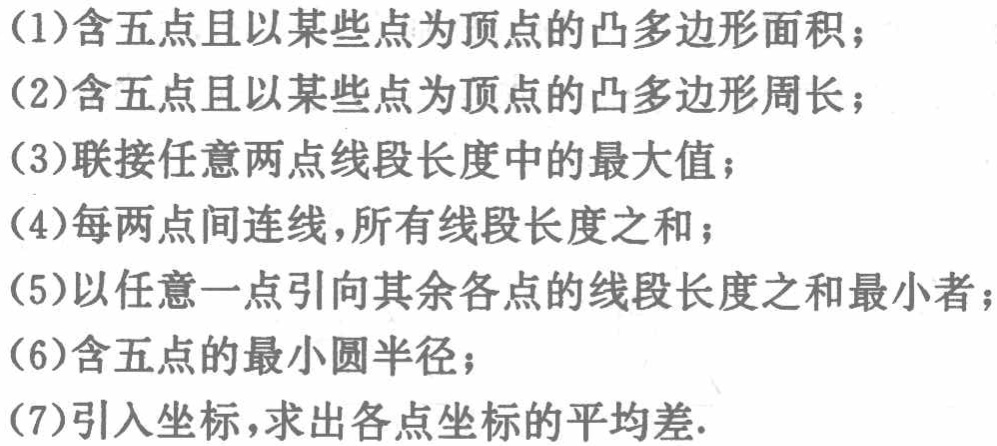
(1)含五点且以某些点为顶点的凸多边形面积；
(2)含五点且以某些点为顶点的凸多边形周长；
(3)联接任意两点线段长度中的最大值；
(4)每两点间连线，所有线段长度之和；
(5)以任意一点引向其余各点的线段长度之和最小者；
(6)含五点的最小圆半径；
(7)引入坐标，求出各点坐标的平均差.